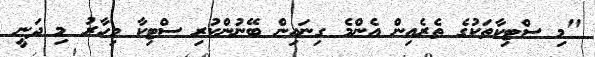
"މި ސްޓިކާތަކުގެ ތެރެއިން އެންމެ ގިނައިން ބޭނުންކުރި ސްޓިކާ މިހާރު މި ދަނީ